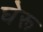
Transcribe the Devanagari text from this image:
घेरू